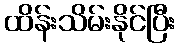
ထိန်းသိမ်းနိုင်ပြီး